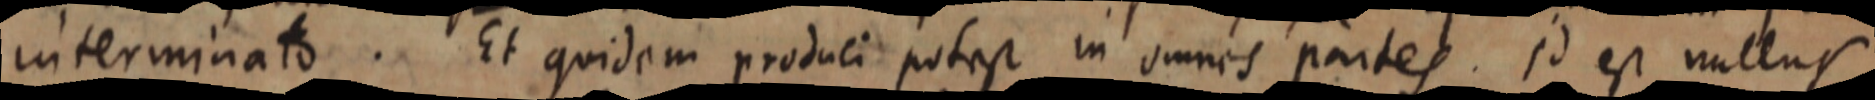
interminato. Et quidem produci potest in omnes partes. Id est nullus